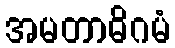
အမတာဓိဂမံ